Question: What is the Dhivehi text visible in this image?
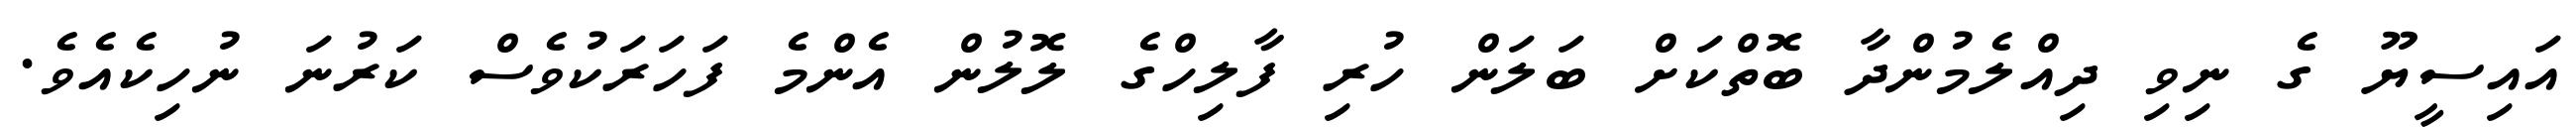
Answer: އައިސީޔޫ ގެ ނިވި ދިއްލެމުންދާ ބޮތްކަށް ބަލަން ހުރި ފާލިހްގެ ލޮލުން އެންމެ ފަހަރަކުވެސް ކަރުނަ ނުހިކެއެވެ.